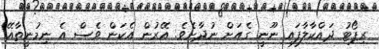
ރިޕޯޓު ދައްކާލާފައި ނޫނީ ގެއަށް ނުދާށެވެ. އޭރުން އެކަން ވެސް އެ ނިމުނީތާއޭ